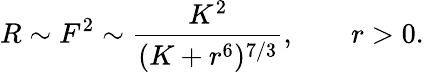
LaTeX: R\sim F^{2}\sim\frac{K^{2}}{(K+r^{6})^{7/3}},\; \; \; \; \; \; \; r>0.